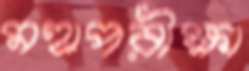
মহাপরীক্ষা